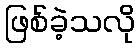
ဖြစ်ခဲ့သလို